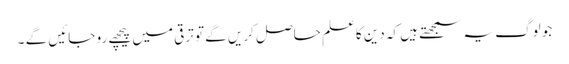
جو لوگ یہ سمجھتے ہیں کہ دین کاعلم حاصل کریں گے تو ترقی میں پیچھے رو جائیں گے ۔